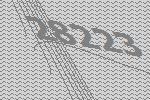
28223